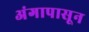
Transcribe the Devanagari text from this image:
अंगापासून